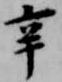
辛